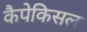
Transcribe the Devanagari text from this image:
कैपेकिसल